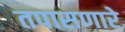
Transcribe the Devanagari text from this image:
तपासणारे